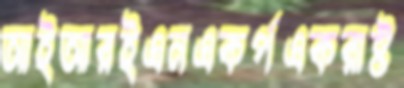
আইআরইএনএকর্পএকরাষ্ট